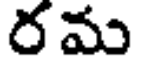
రమ